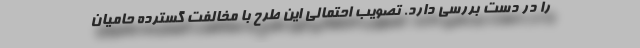
را در دست بررسی دارد. تصویب احتمالی این طرح با مخالفت گسترده حامیان